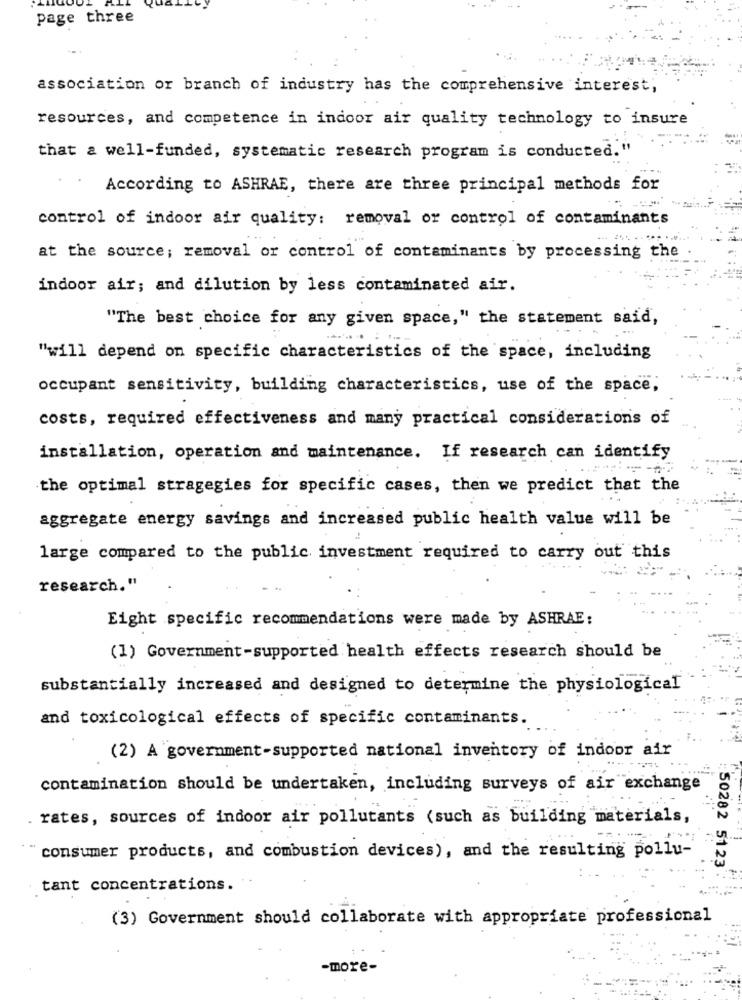
page three
association or branch of industry has the comprehensive interest,
resources, and competence in indoor air quality technology to insure
that a well-funded, systematic research program is conducted."
According to ASHRAE, there are three principal methods for
control of indoor air quality: removal or control of contaminants
at the source; removal or control of contaminants by processing the
indoor air; and dilution by less contaminated air.
"The best choice for any given space," the statement said,
"will depend on specific characteristics of the space, including
occupant sensitivity, building characteristics, use of the space,
costs, required effectiveness and many practical considerations of
installation, operation and maintenance. If research can identify
the optimal stragegies for specific cases, then we predict that the
aggregate energy savings and increased public health value will be
large compared to the public investment required to carry out this
research."
Eight specific recommendations were made by ASHRAE:
(1) Government-supported health effects research should be
substantially increased and designed to determine the physiological
and toxicological effects of specific contaminants.
(2) A government-supported national inventory of indoor air
contamination should be undertaken, including surveys of air exchange
. rates, sources of indoor air pollutants (such as building materials,
consumer products, and combustion devices), and the resulting pollu-
:: 50282 5123
tant concentrations.
(3) Government should collaborate with appropriate professional
-more-